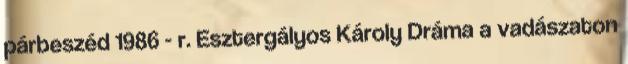
párbeszéd 1986 - r. Esztergályos Károly Dráma a vadászaton